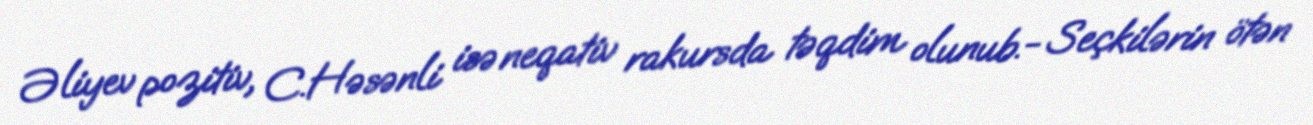
Əliyev pozitiv, C.Həsənli isə neqativ rakursda təqdim olunub.- Seçkilərin ötən